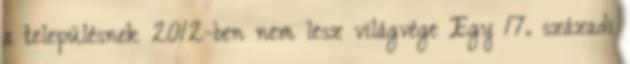
a településnek 2012-ben nem lesz világvége Egy 17. századi